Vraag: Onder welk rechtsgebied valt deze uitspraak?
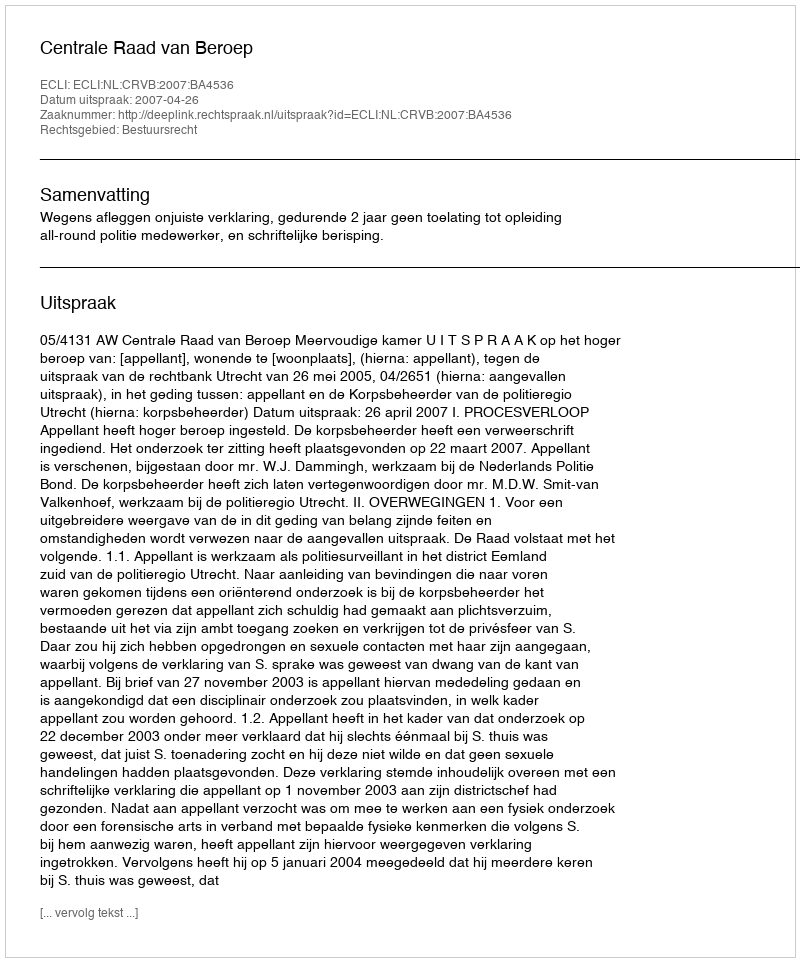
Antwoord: Bestuursrecht